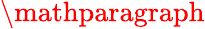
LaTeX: \mathparagraph